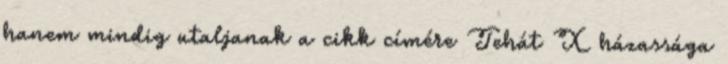
hanem mindig utaljanak a cikk címére Tehát X házassága